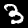
Digit: 3